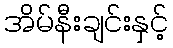
အိမ်နီးချင်းနှင့်